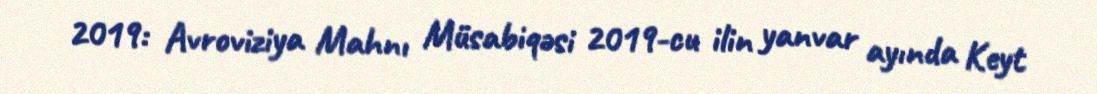
2019: Avroviziya Mahnı Müsabiqəsi 2019-cu ilin yanvar ayında Keyt